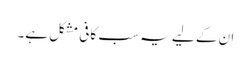
ان کے لیے یہ سب کافی مشکل ہے۔